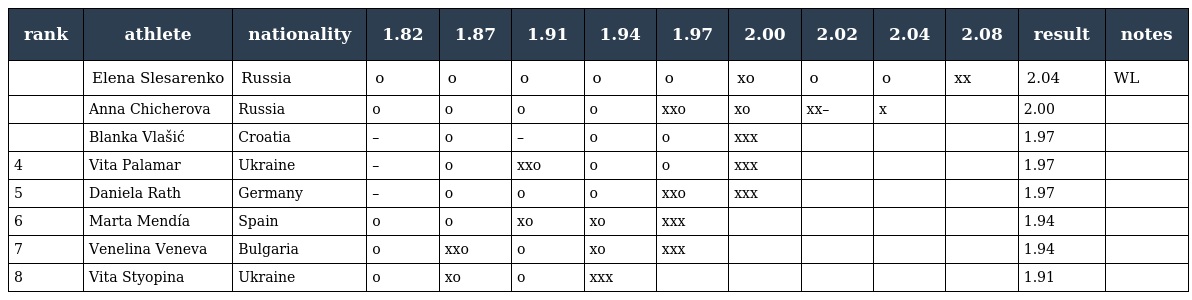
| rank | athlete | nationality | 1.82 | 1.87 | 1.91 | 1.94 | 1.97 | 2.00 | 2.02 | 2.04 | 2.08 | result | notes |
 | --- | --- | --- | --- | --- | --- | --- | --- | --- | --- | --- | --- | --- | --- |
 |  | Elena Slesarenko | Russia | o | o | o | o | o | xo | o | o | xx | 2.04 | WL |
 |  | Anna Chicherova | Russia | o | o | o | o | xxo | xo | xx– | x |  | 2.00 |  |
 |  | Blanka Vlašić | Croatia | – | o | – | o | o | xxx |  |  |  | 1.97 |  |
 | 4 | Vita Palamar | Ukraine | – | o | xxo | o | o | xxx |  |  |  | 1.97 |  |
 | 5 | Daniela Rath | Germany | – | o | o | o | xxo | xxx |  |  |  | 1.97 |  |
 | 6 | Marta Mendía | Spain | o | o | xo | xo | xxx |  |  |  |  | 1.94 |  |
 | 7 | Venelina Veneva | Bulgaria | o | xxo | o | xo | xxx |  |  |  |  | 1.94 |  |
 | 8 | Vita Styopina | Ukraine | o | xo | o | xxx |  |  |  |  |  | 1.91 |  |